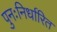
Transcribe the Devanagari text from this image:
पुनःनिर्धारित